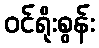
ဝင်ရိုးစွန်း